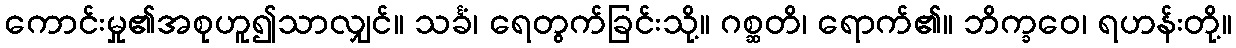
ကောင်းမှု၏အစုဟူ၍သာလျှင်။ သင်္ခံ၊ ရေတွက်ခြင်းသို့။ ဂစ္ဆတိ၊ ရောက်၏။ ဘိက္ခဝေ၊ ရဟန်းတို့။